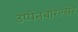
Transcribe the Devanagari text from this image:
उप्पेनबारेल्सेर